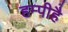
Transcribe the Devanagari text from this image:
हम्पीहै